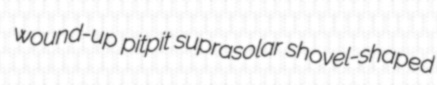
wound-up pitpit suprasolar shovel-shaped